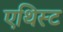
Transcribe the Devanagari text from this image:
एथिस्ट